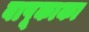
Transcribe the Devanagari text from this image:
बापूकाका